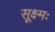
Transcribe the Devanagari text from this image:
सूक्ष्मः